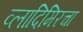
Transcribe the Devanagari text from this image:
व्लादिमिरचा